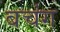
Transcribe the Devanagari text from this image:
बचंग